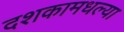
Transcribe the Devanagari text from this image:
दशकामधल्या